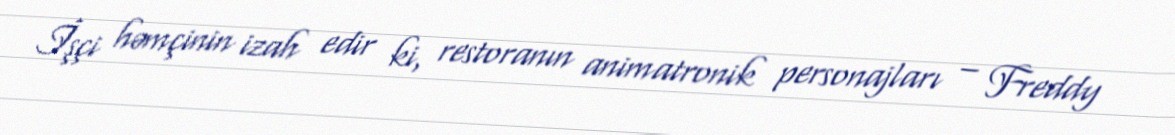
İşçi həmçinin izah edir ki, restoranın animatronik personajları – Freddy